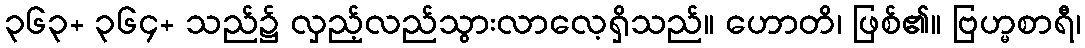
၃၆၃+ ၃၆၄+ သည်၌ လှည့်လည်သွားလာလေ့ရှိသည်။ ဟောတိ၊ ဖြစ်၏။ ဗြဟ္မစာရီ၊